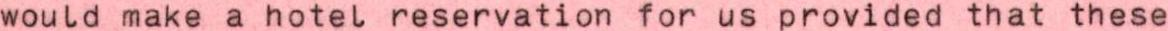
would make a hotel reservation for us provided that these